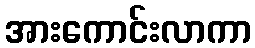
အားကောင်းလာကာ